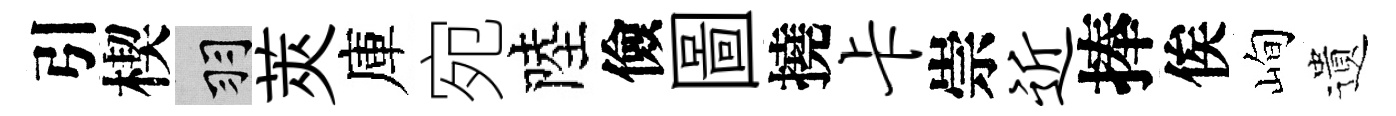
引楔羽莢庫宛陸儉圖撓卡崇近捧俟峋遺